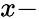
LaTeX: x-